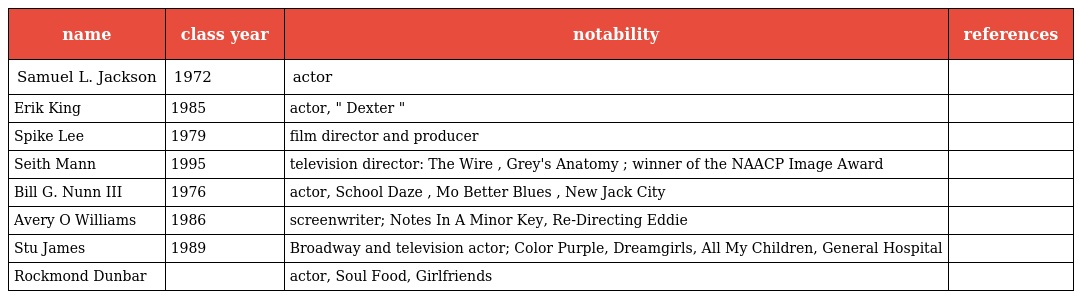
| name | class year | notability | references |
 | --- | --- | --- | --- |
 | Samuel L. Jackson | 1972 | actor |  |
 | Erik King | 1985 | actor, " Dexter " |  |
 | Spike Lee | 1979 | film director and producer |  |
 | Seith Mann | 1995 | television director: The Wire , Grey's Anatomy ; winner of the NAACP Image Award |  |
 | Bill G. Nunn III | 1976 | actor, School Daze , Mo Better Blues , New Jack City |  |
 | Avery O Williams | 1986 | screenwriter; Notes In A Minor Key, Re-Directing Eddie |  |
 | Stu James | 1989 | Broadway and television actor; Color Purple, Dreamgirls, All My Children, General Hospital |  |
 | Rockmond Dunbar |  | actor, Soul Food, Girlfriends |  |